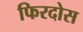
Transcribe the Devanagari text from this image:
फिरदोस